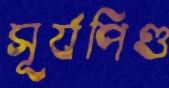
সূর্যপিণ্ড